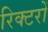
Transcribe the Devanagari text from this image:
रिक्टरों